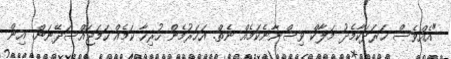
"އެއްވެސް ޚަރަދަކާމެދު މަލާކް ވިސްނާނެކަމެއް ނެތް. އަހަރުމެން ހުރިހާ ކަމެއް ހަމަޖައްސަދޭނަން. އިން